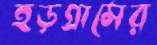
হড়গ্রামের